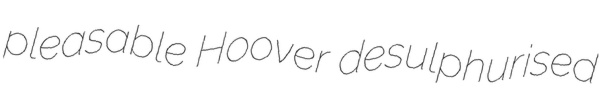
pleasable Hoover desulphurised